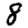
Digit: 8